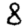
Digit: 8